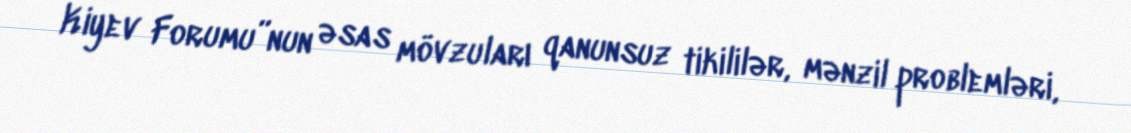
Kiyev Forumu”nun əsas mövzuları qanunsuz tikililər, mənzil problemləri,